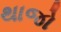
થાજો